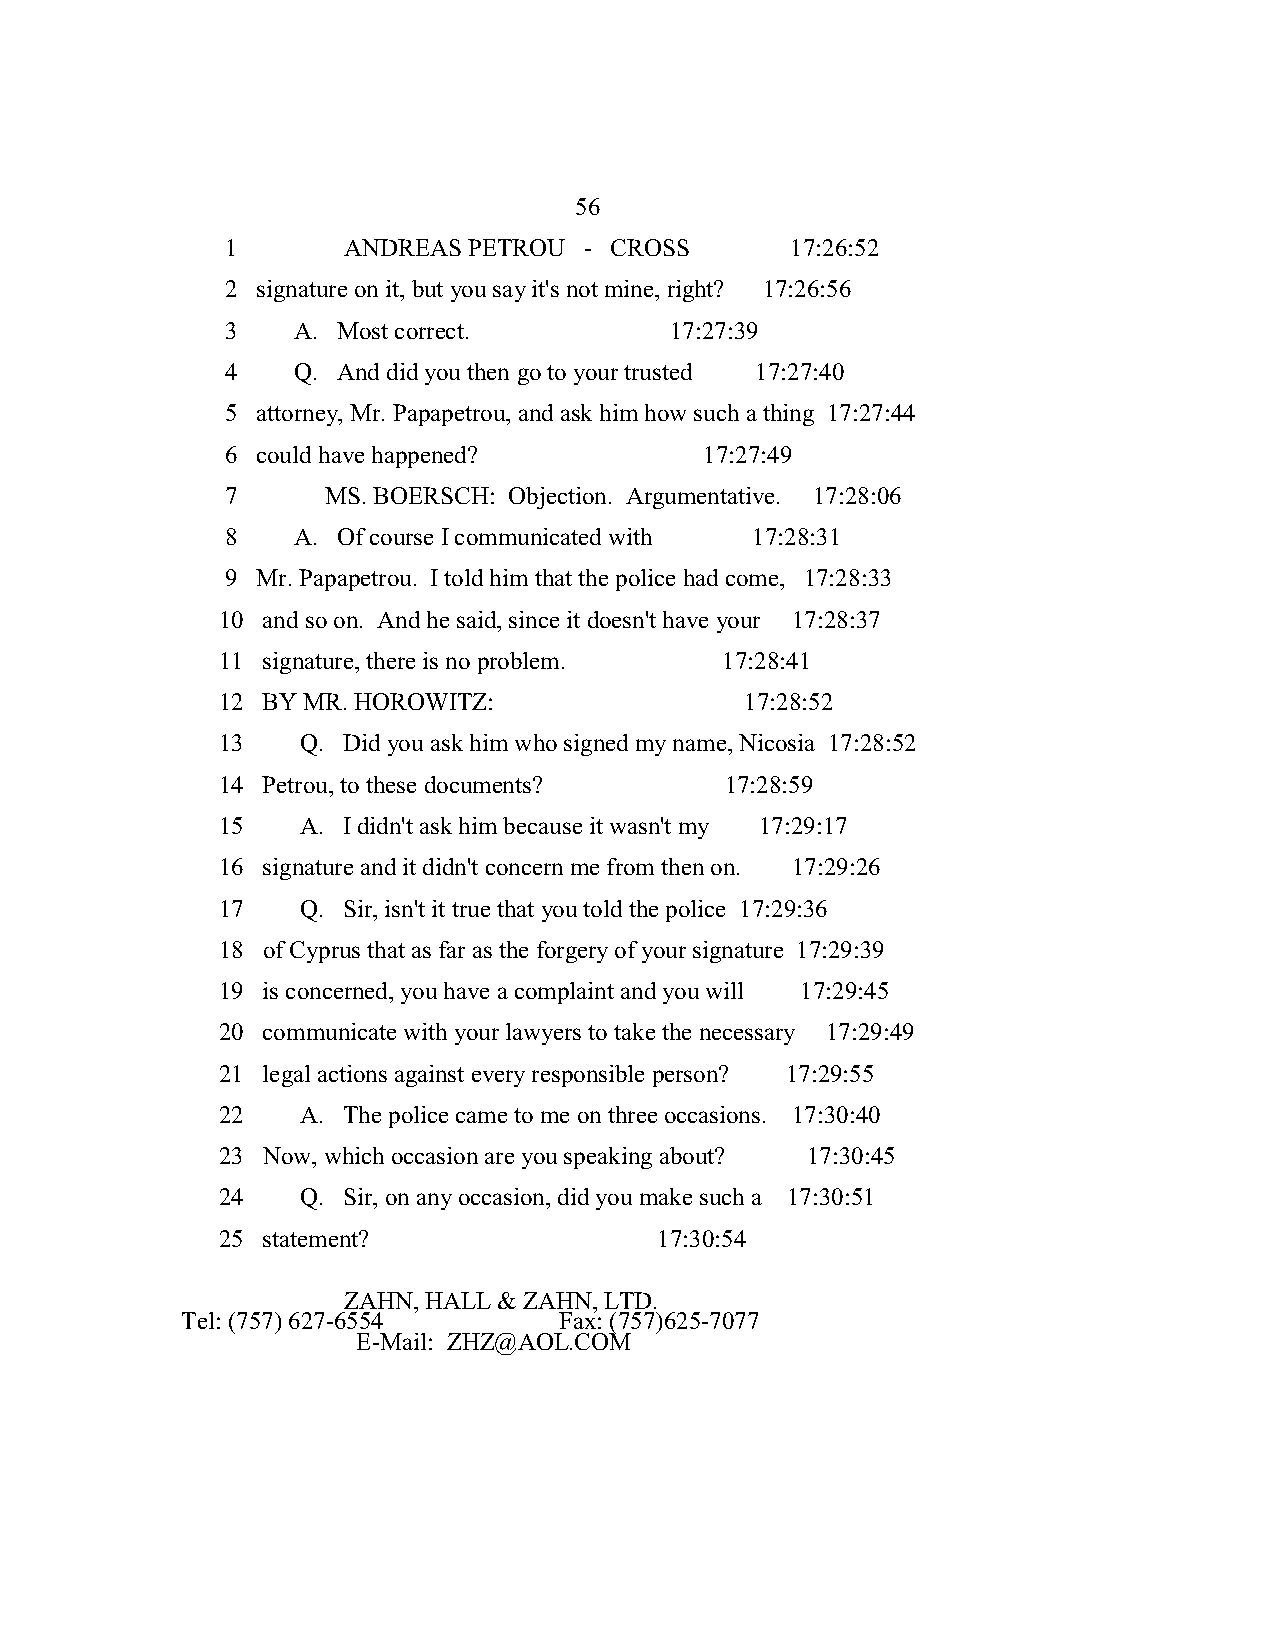
56
 1       ANDREAS PETROU  - CROSS      17:26:52
 2 signature on it, but you say it's not mine, right? 17:26:56
 3   A. Most correct.         17:27:39
 4   Q. And did you then go to your trusted 17:27:40
 5 attorney, Mr. Papapetrou, and ask him how such a thing 17:27:44
 6 could have happened?          17:27:49
 7      MS. BOERSCH: Objection. Argumentative. 17:28:06
 8   A. Of course I communicated with 17:28:31
 9 Mr. Papapetrou. I told him that the police had come, 17:28:33
 10 and so on. And he said, since it doesn't have your 17:28:37
 11 signature, there is no problem. 17:28:41
 12 BY MR. HOROWITZ:                17:28:52
 13    Q. Did you ask him who signed my name, Nicosia 17:28:52
 14 Petrou, to these documents?    17:28:59
 15    A. I didn't ask him because it wasn't my 17:29:17
 16 signature and it didn't concern me from then on. 17:29:26
 17    Q. Sir, isn't it true that you told the police 17:29:36
 18 of Cyprus that as far as the forgery of your signature 17:29:39
 19 is concerned, you have a complaint and you will 17:29:45
 20 communicate with your lawyers to take the necessary 17:29:49
 21 legal actions against every responsible person? 17:29:55
 22    A. The police came to me on three occasions. 17:30:40
 23 Now, which occasion are you speaking about? 17:30:45
 24    Q. Sir, on any occasion, did you make such a 17:30:51
 25 statement?                 17:30:54
 ZAHN, HALL & ZAHN, LTD.
 Tel: (757) 627-6554      Fax: (757)625-7077
 E-Mail: ZHZ@AOL.COM